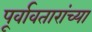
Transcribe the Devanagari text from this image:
पूर्वावतारांच्या